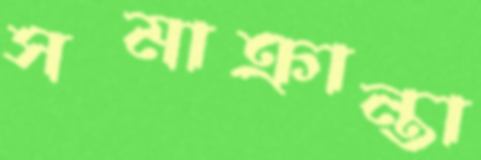
সমাক্রান্তা